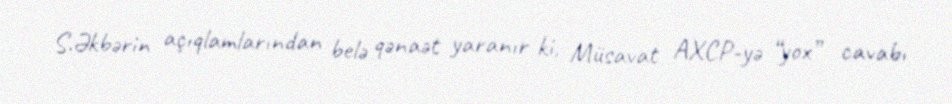
S.Əkbərin açıqlamlarından belə qənaət yaranır ki, Müsavat AXCP-yə “yox” cavabı